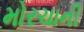
મોરચાની